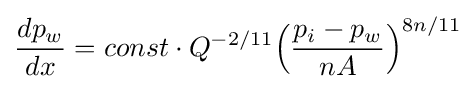
{\frac {dp_{w}}{dx}}=const\cdot Q^{-2/11}{\Big (}{\frac {p_{i}-p_{w}}{nA}}{\Big )}^{8n/11}